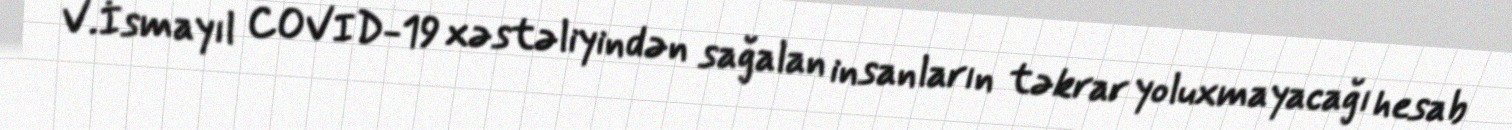
V.İsmayıl COVID-19 xəstəliyindən sağalan insanların təkrar yoluxmayacağı hesab